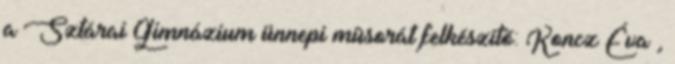
a Sztárai Gimnázium ünnepi mûsorát felkészítõ: Koncz Éva ,